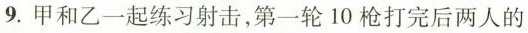
9.甲和乙一起练习射击，第一轮10枪打完后两人的